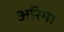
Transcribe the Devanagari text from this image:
अरिमा